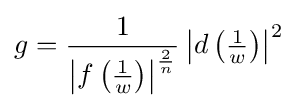
g={\frac {1}{\left|f\left({\tfrac {1}{w}}\right)\right|^{\frac {2}{n}}}}\left|d\left({\tfrac {1}{w}}\right)\right|^{2}